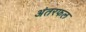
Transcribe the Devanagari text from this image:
अंतरफल